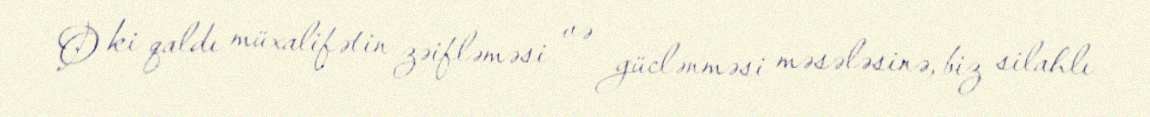
O ki qaldı müxalifətin zəifləməsi və güclənməsi məsələsinə, biz silahlı